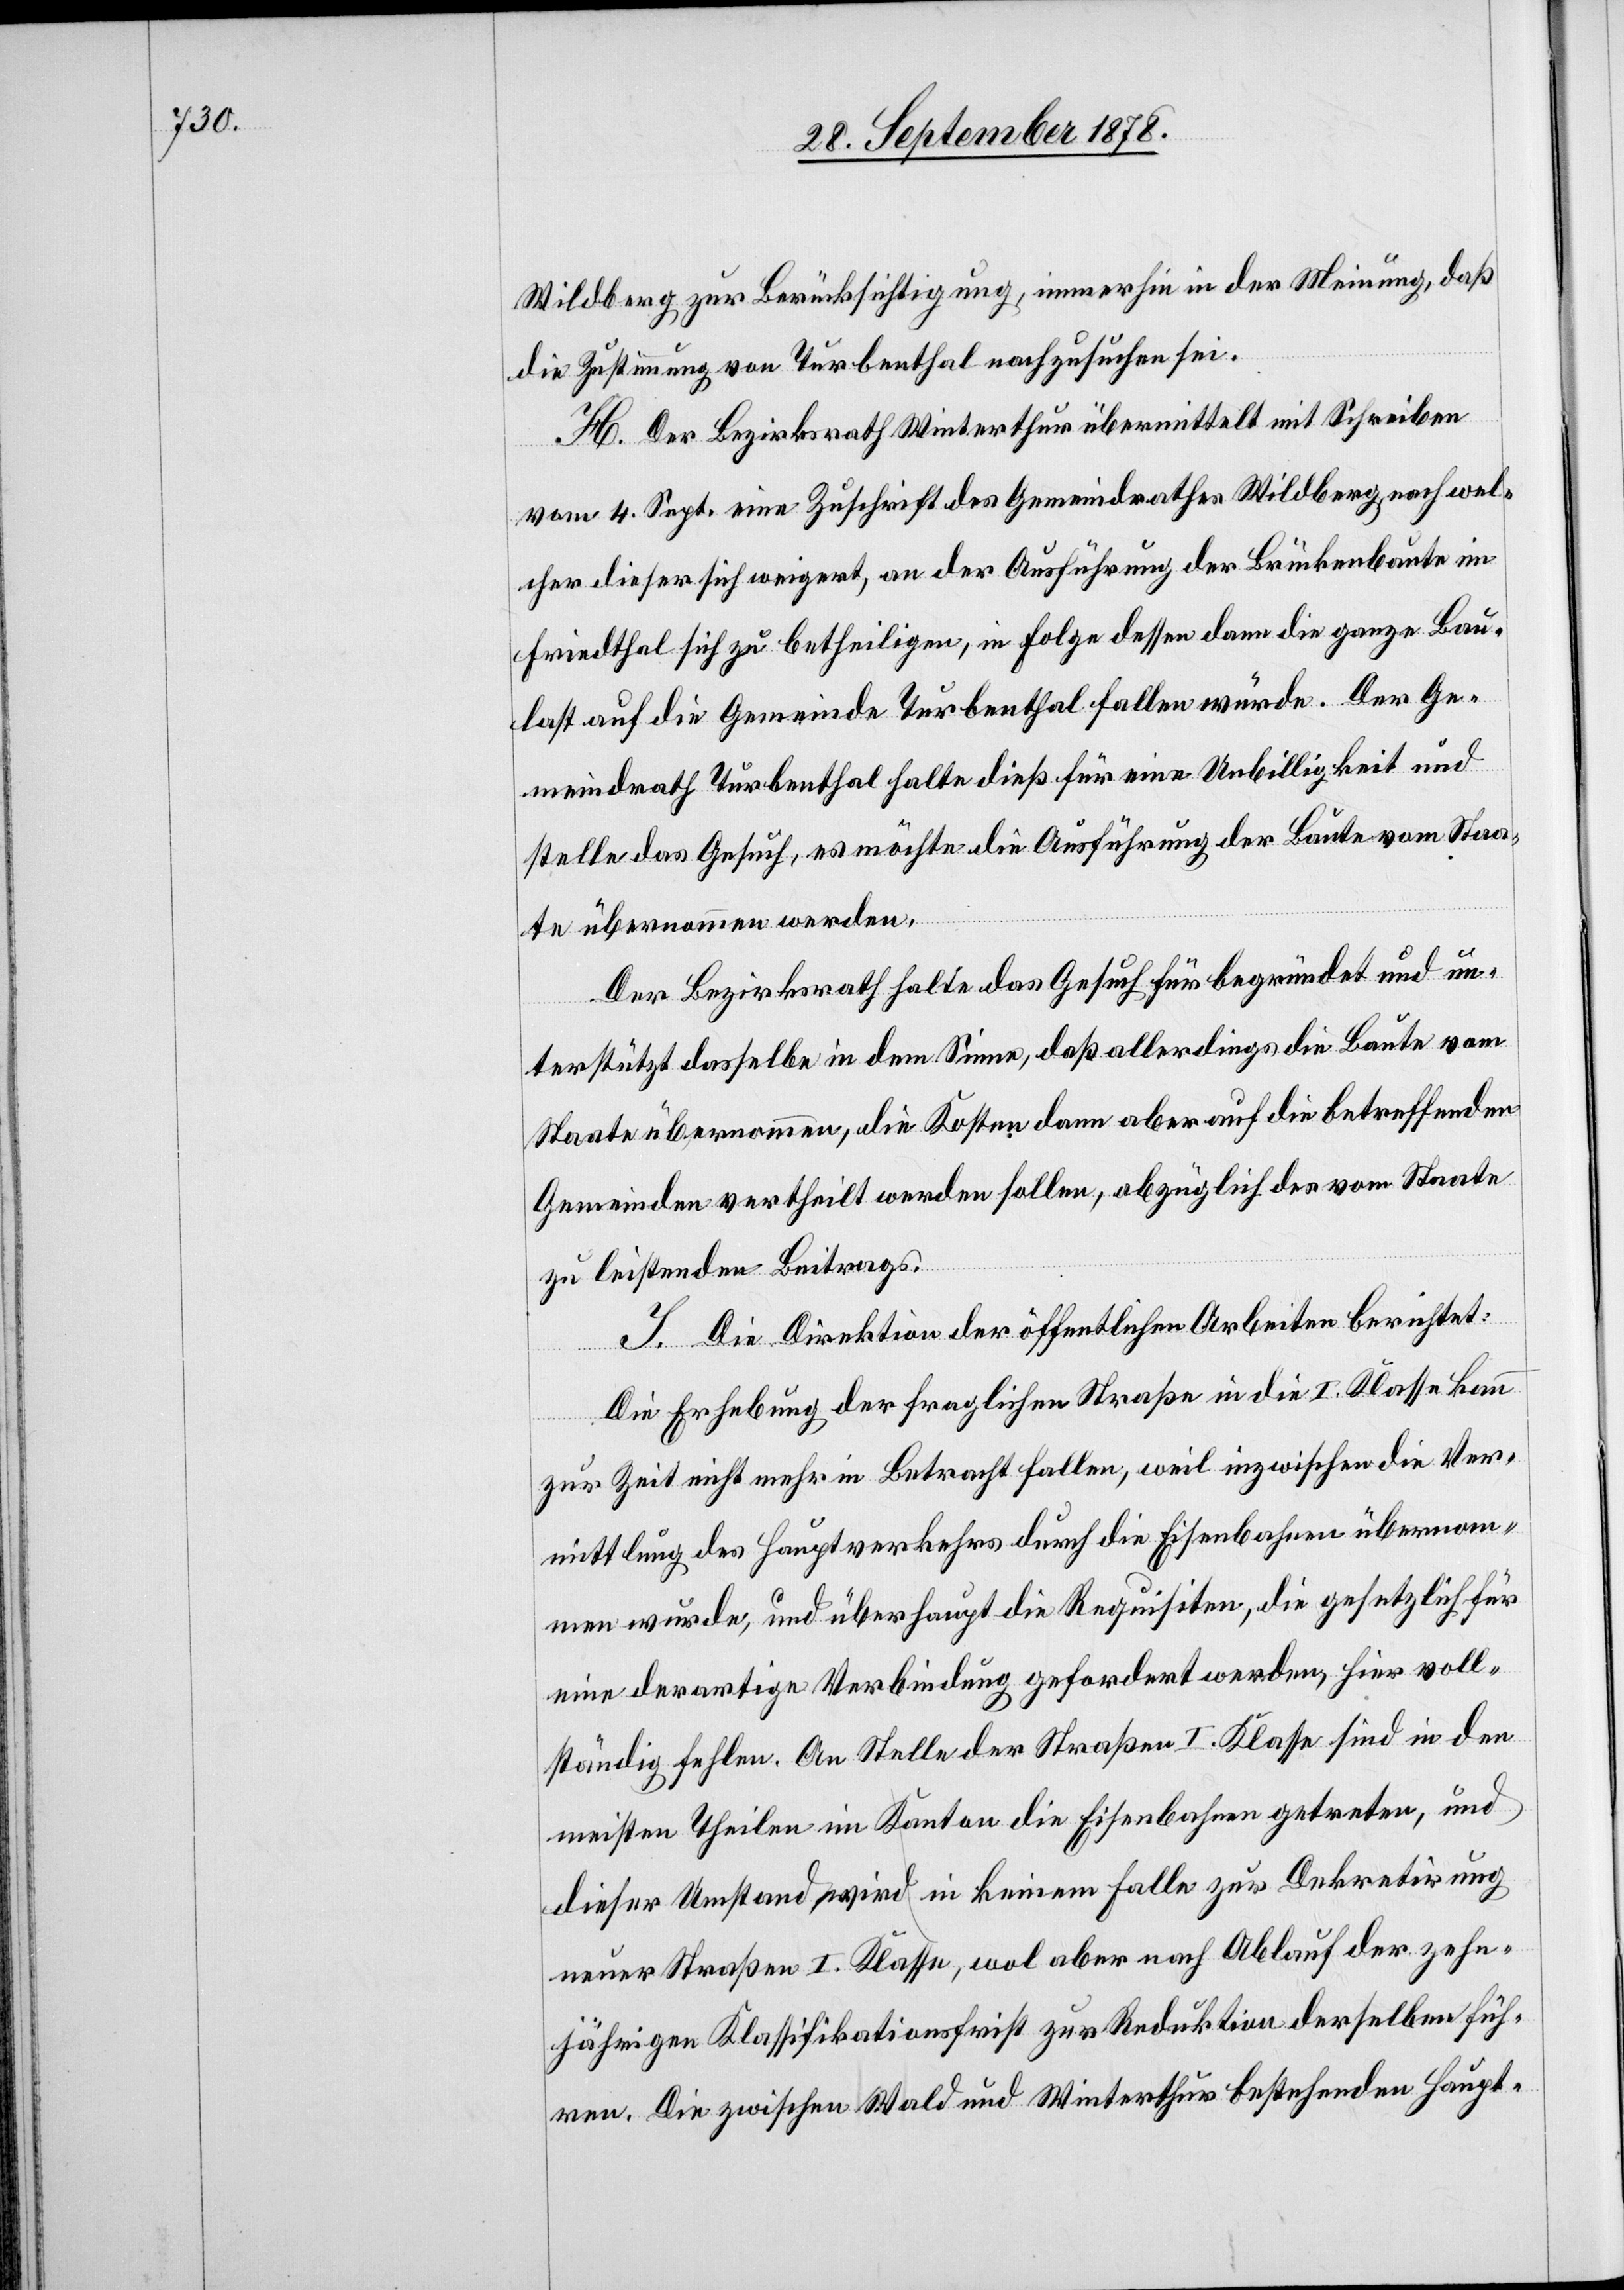
Wildberg zur Berücksichtigung, immerhin in der Meinung, daß
die Zustimmung von Turbenthal nachzusuchen sei.
H. Der Bezirksrath Winterthur übermittelt mit Schreiben
vom 4. Sept. eine Zuschrift des Gemeindrathes Wildberg nach wel¬
cher dieser sich weigert, an der Ausführung der Brückenbaute im
Friedthal sich zu betheiligen, in Folge dessen dann die ganze Bau¬
last auf die Gemeinde Turbenthal fallen würde. Der Ge¬
meindrath Turbenthal halte dieß für eine Unbilligkeit und
stelle das Gesuch, es möchte die Ausführung der Baute vom Staa¬
te übernommen werden.
Der Bezirksrath halte das Gesuch für begründet und un¬
terstützt dasselbe in dem Sinne, daß allerdings die Baute vom
Staate übernommen, die Kosten dann aber auf die betreffenden
Gemeinden vertheilt werden sollen, abzüglich des vom Staate
zu leistenden Beitrages.
I. Die Direktion der öffentlichen Arbeiten berichtet:
Die Erhebung der fraglichen Straße in die I. Klasse kann
zur Zeit nicht mehr in Betracht fallen, weil inzwischen die Ver¬
mittlung des Hauptverkehrs durch die Eisenbahnen übernom¬
men wurde, und überhaupt die Requisiten, die gesetzlich für
eine derartige Verbindung gefordert werden, hier voll¬
ständig fehlen. An Stelle der Straße I. Klasse sind in den
meisten Theilen im Kanton die Eisenbahnen getreten, und
dieser Umstand wird in keinem Falle zur Dekretirung
neuer Straßen I. Klasse, wol aber nach Ablauf der zehn¬
jährigen Klassifikationsfrist zur Reduktion derselben füh¬
ren. Die zwischen Wald und Winterthur bestehenden Haupt-